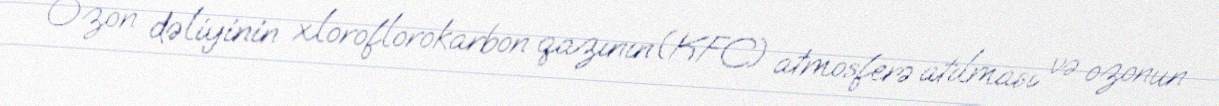
Ozon dəliyinin xloroflorokarbon qazının(KFC) atmosferə atılması və ozonun